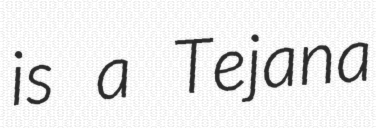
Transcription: is a Tejana